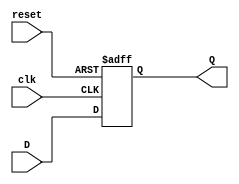
module FlipFlopRegister #(
    parameter N = 8 // Default width of the register is 8 bits
)(
    input wire clk,          // Clock input
    input wire reset,        // Asynchronous reset input
    input wire [N-1:0] D,    // N-bit data input
    output reg [N-1:0] Q     // N-bit data output
);

    // Always block triggered on the clock edge
    always @(posedge clk or posedge reset) begin
        if (reset) begin
            Q <= {N{1'b0}}; // Reset all bits to 0
        end else begin
            Q <= D; // Capture the input data on the rising edge of the clock
        end
    end

endmodule